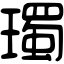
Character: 㻿